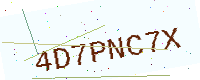
Text: 4D7PNC7X